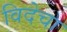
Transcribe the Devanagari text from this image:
विदेचा